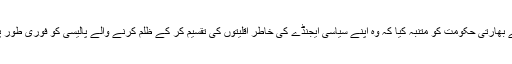
مشیل باچلے نے بھارتی حکومت کو متنبہ کیا کہ وہ اپنے سیاسی ایجنڈے کی خاطر اقلیتوں کی تقسیم کر کے ظلم کرنے والے پالیسی کو فوری طور پر ترک کردے۔